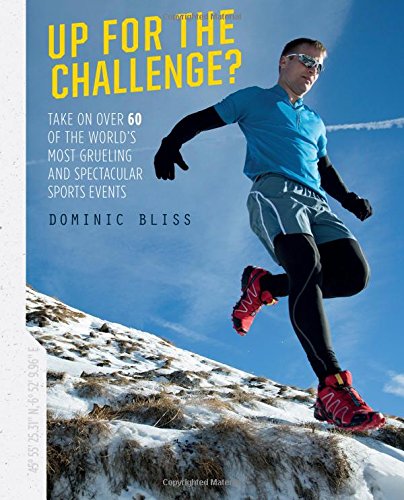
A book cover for Up for the Challenge: Take on over 60 of the world's most grueling and spectacular events; Dominic Bliss; Sports & Outdoors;